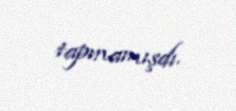
tapmamışdı.